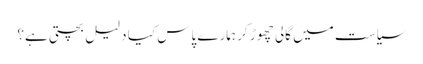
سیاست میں گالی چھوڑ کر ہمارے پاس کیا دلیل بچتی ہے؟